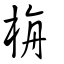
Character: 栴